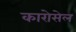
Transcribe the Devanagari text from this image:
कारोसेल